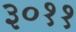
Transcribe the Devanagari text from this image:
३०११